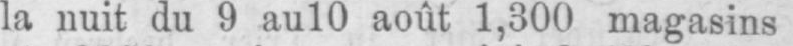
la nuit du 9 au 10 août 1,300 magasins